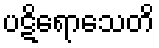
ပဋိရောသေတိ